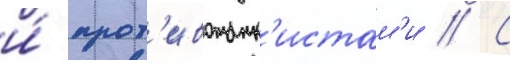
и́ прот'ивотанк'истам'и // С